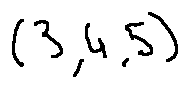
( 3 , 4 , 5 )